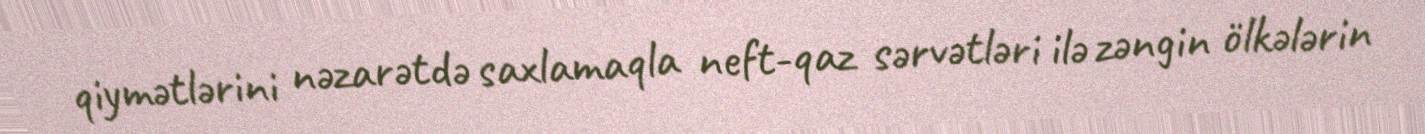
qiymətlərini nəzarətdə saxlamaqla neft-qaz sərvətləri ilə zəngin ölkələrin